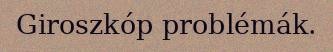
Giroszkóp problémák.